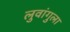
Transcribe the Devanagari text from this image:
लुवांगुला